Scottish Certificate of Education, 1963
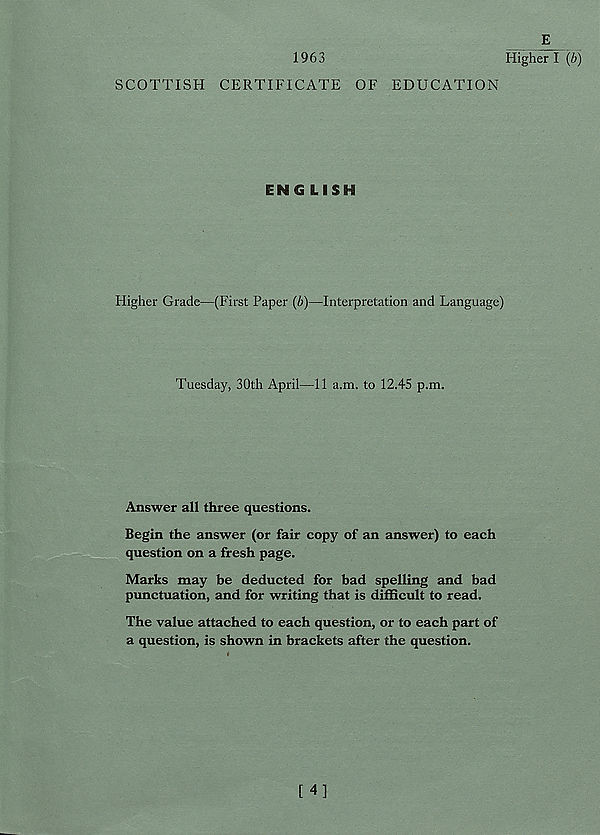
E
1963
Higher I (b)
SCOTTISH CERTIFICATE OF EDUCATION
ENG LISH
Higher Grade—(First Paper (b)—Interpretation and Language)
Tuesday, 30th April—11 a.m. to 12.45 p.m.
Answer all three questions.
Begin the answer (or fair copy of an answer) to each
question on a fresh page.
Marks may be deducted for bad spelling and bad
punctuation, and for writing that is difficult to read.
The value attached to each question, or to each part of
a question, is shown in brackets after the question.
[4]